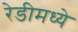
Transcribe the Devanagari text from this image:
रेडीमध्ये